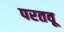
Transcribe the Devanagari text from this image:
परतवू